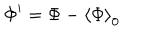
LaTeX: \Phi ^ { \prime } = \Phi - \left\langle \Phi \right\rangle _ { 0 }